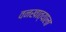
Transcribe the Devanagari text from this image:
वनखात्याला